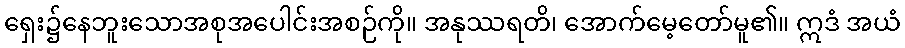
ရှေး၌နေဘူးသောအစုအပေါင်းအစဉ်ကို။ အနုဿရတိ၊ အောက်မေ့တော်မူ၏။ ဣဒံ အယံ